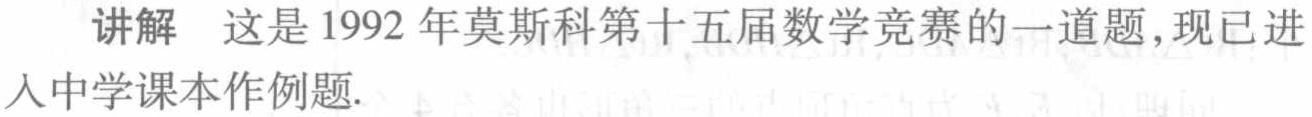
讲解 这是1992年莫斯科第十五届数学竞赛的一道题,现已进入中学课本作例题.